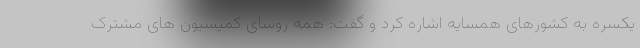
یکسره به کشورهای همسایه اشاره کرد و گفت: همه روسای کمیسیون های مشترک